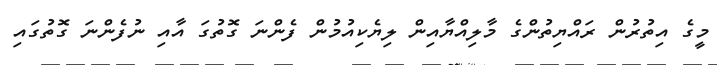
މީގެ އިތުރުން ރައްޔިތުންގެ މާލިއްޔާއިން ލިޔެކިއުމުން ފެންނަ ގޮތުގަ އާއި ނުފެންނަ ގޮތުގައި